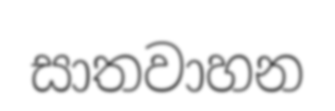
සාතවාහන